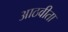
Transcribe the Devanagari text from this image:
आठवीता